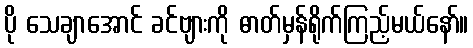
ပို သေချာအောင် ခင်ဗျားကို ဓာတ်မှန်ရိုက်ကြည့်မယ်နော်။